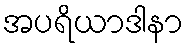
အပရိယာဒါနာ